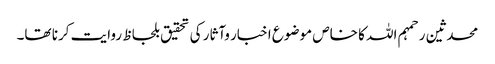
محدثین رحمہم اللہ کا خاص موضوع اخبار وآثار کی تحقیق بلحاظ روایت کرنا تھا۔